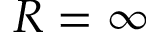
R = \infty